Report on vaccination in the Province of Bengal - 1874-1889
Year: 1874
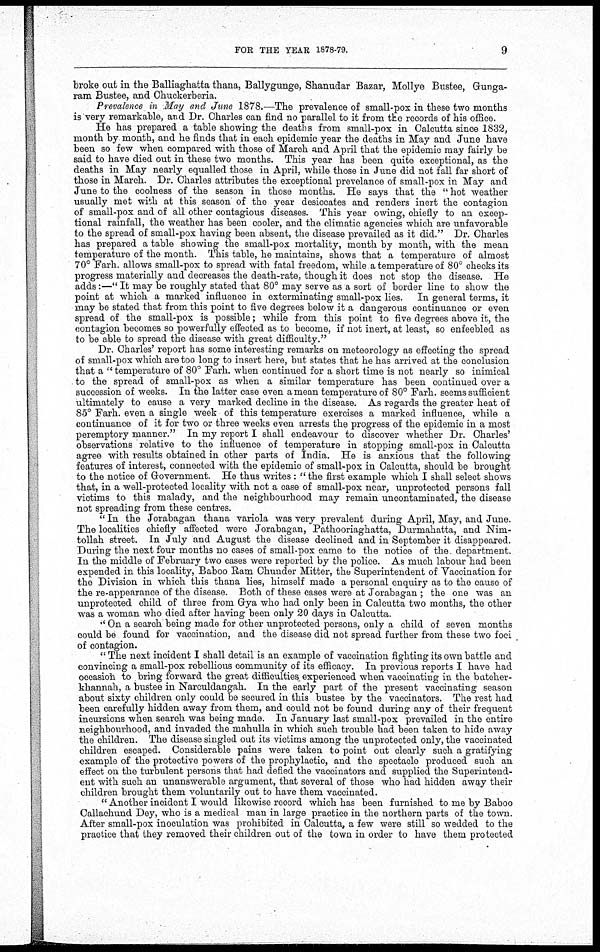
FOR THE YEAR 1878-79.
9
broke out in the Balliaghatta thana, Ballygunge, Shanudar Bazar, Mollye Bustee, Gunga-
ram Bustee, and Chuckerberia.
Prevalence in May and June 1878.—The prevalence of small-pox in these two months
is very remarkable, and Dr. Charles can find no parallel to it from the records of his office.
He has prepared a table showing the deaths from small-pox in Calcutta since 1832,
month by month, and he finds that in each epidemic year the deaths in May and June have
been so few when compared with those of March and April that the epidemic may fairly be
said to have died out in these two months. This year has been quite exceptional, as the
deaths in May nearly equalled those in April, while those in June did not fall far short of
those in March. Dr. Charles attributes the exceptional prevelance of small-pox in May and
June to the coolness of the season in those months. He says that the " hot weather
usually met with at this season of the year desiccates and renders inert the contagion
of small-pox and of all other contagious diseases. This year owing, chiefly to an excep-
tional rainfall, the weather has been cooler, and the climatic agencies which are unfavorable
to the spread of small-pox having been absent, the disease prevailed as it did." Dr. Charles
has prepared a table showing the small-pox mortality, month by month, with the mean
temperature of the month. This table, he maintains, shows that a temperature of almost
70° Farh. allows small-pox to spread with fatal freedom, while a temperature of 80° checks its
progress materially and decreases the death-rate, though it does not stop the disease. He
adds:—" It may be roughly stated that 80° may serve as a sort of border line to show the
point at which a marked influence in exterminating small-pox lies. In general terms, it
may be stated that from this point to five degrees below it a dangerous continuance or even
spread of the small-pox is possible; while from this point to five degrees above it, the
contagion becomes so powerfully effected as to become, if not inert, at least, so enfeebled as
to be able to spread the disease with great difficulty."
Dr. Charles' report has some interesting remarks on meteorology as effecting the spread
of small-pox which are too long to insert here, but states that he has arrived at the conclusion
that a " temperature of 80° Farh. when continued for a short time is not nearly so inimical
to the spread of small-pox as when a similar temperature has been continued over a
succession of weeks. In the latter case even a mean temperature of 80° Farh. seems sufficient
ultimately to cause a very marked decline in the disease. As regards the greater heat of
85° Farh. even a single week of this temperature exercises a marked influence, while a
continuance of it for two or three weeks even arrests the progress of the epidemic in a most
peremptory manner." In my report I shall endeavour to discover whether Dr. Charles'
observations relative to the influence of temperature in stopping small-pox in Calcutta
agree with results obtained in other parts of India. He is anxious that the following
features of interest, connected with the epidemic of small-pox in Calcutta, should be brought
to the notice of Government. He thus writes : " the first example which I shall select shows
that, in a well-protected locality with not a case of small-pox near, unprotected persons fall
victims to this malady, and the neighbourhood may remain uncontaminated, the disease
not spreading from these centres.
" In the Jorabagan thana variola was very prevalent during April, May, and June.
The localities chiefly affected were Jorabagan, Pathooriaghatta, Durmahatta, and Nim-
tollah street. In July and August the disease declined and in September it disappeared.
During the next four months no cases of small-pox came to the notice of the. department.
In the middle of February two cases were reported by the police. As much labour had been
expended in this locality, Baboo Ram Chunder Mitter, the Superintendent of Vaccination for
the Division in which this thana lies, himself made a personal enquiry as to the cause of
the re-appearance of the disease. Both of these cases were at Jorabagan ; the one was an
unprotected child of three from Gya who had only been in Calcutta two months, the other
was a woman who died after having been only 20 days in Calcutta.
" On a search being made for other unprotected persons, only a child of seven months
could be found for vaccination, and the disease did not spread further from these two foci
of contagion.
" The next incident I shall detail is an example of vaccination fighting its own battle and
convincing a small-pox rebellious community of its efficacy. In previous reports I have had
occasion to bring forward the great difficulties experienced when vaccinating in the batcher¬
khannah, a bustee in Narculdangah. In the early part of the present vaccinating season
about sixty children only could be secured in this bustee by the vaccinators. The rest had
been carefully hidden away from them, and could not be found during any of their frequent
incursions when search was being made. In January last small-pox prevailed in the entire
neighbourhood, and invaded the mahulla in which such trouble had been taken to hide away
the children. The disease singled out its victims among the unprotected only, the vaccinated
children escaped. Considerable pains were taken to point out clearly such a gratifying
example of the protective powers of the prophylactic, and the spectacle produced such an
effect on the turbulent persons that had defied the vaccinators and supplied the Superintend-
ent with such an unanswerable argument, that several of those who had hidden away their
children brought them voluntarily out to have them vaccinated.
" Another incident I would likewise record which has been furnished to me by Baboo
Callachund Dey, who is a medical man in large practice in the northern parts of the town.
After small-pox inoculation was prohibited in Calcutta, a few were still so wedded to the
practice that they removed their children out of the town in order to have them protected